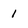
Character: 1